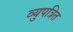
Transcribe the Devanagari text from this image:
व्युपत्रित